65_HS1-834228961_62-HQ-83894_Section_6
Agency: FBI
Page 230
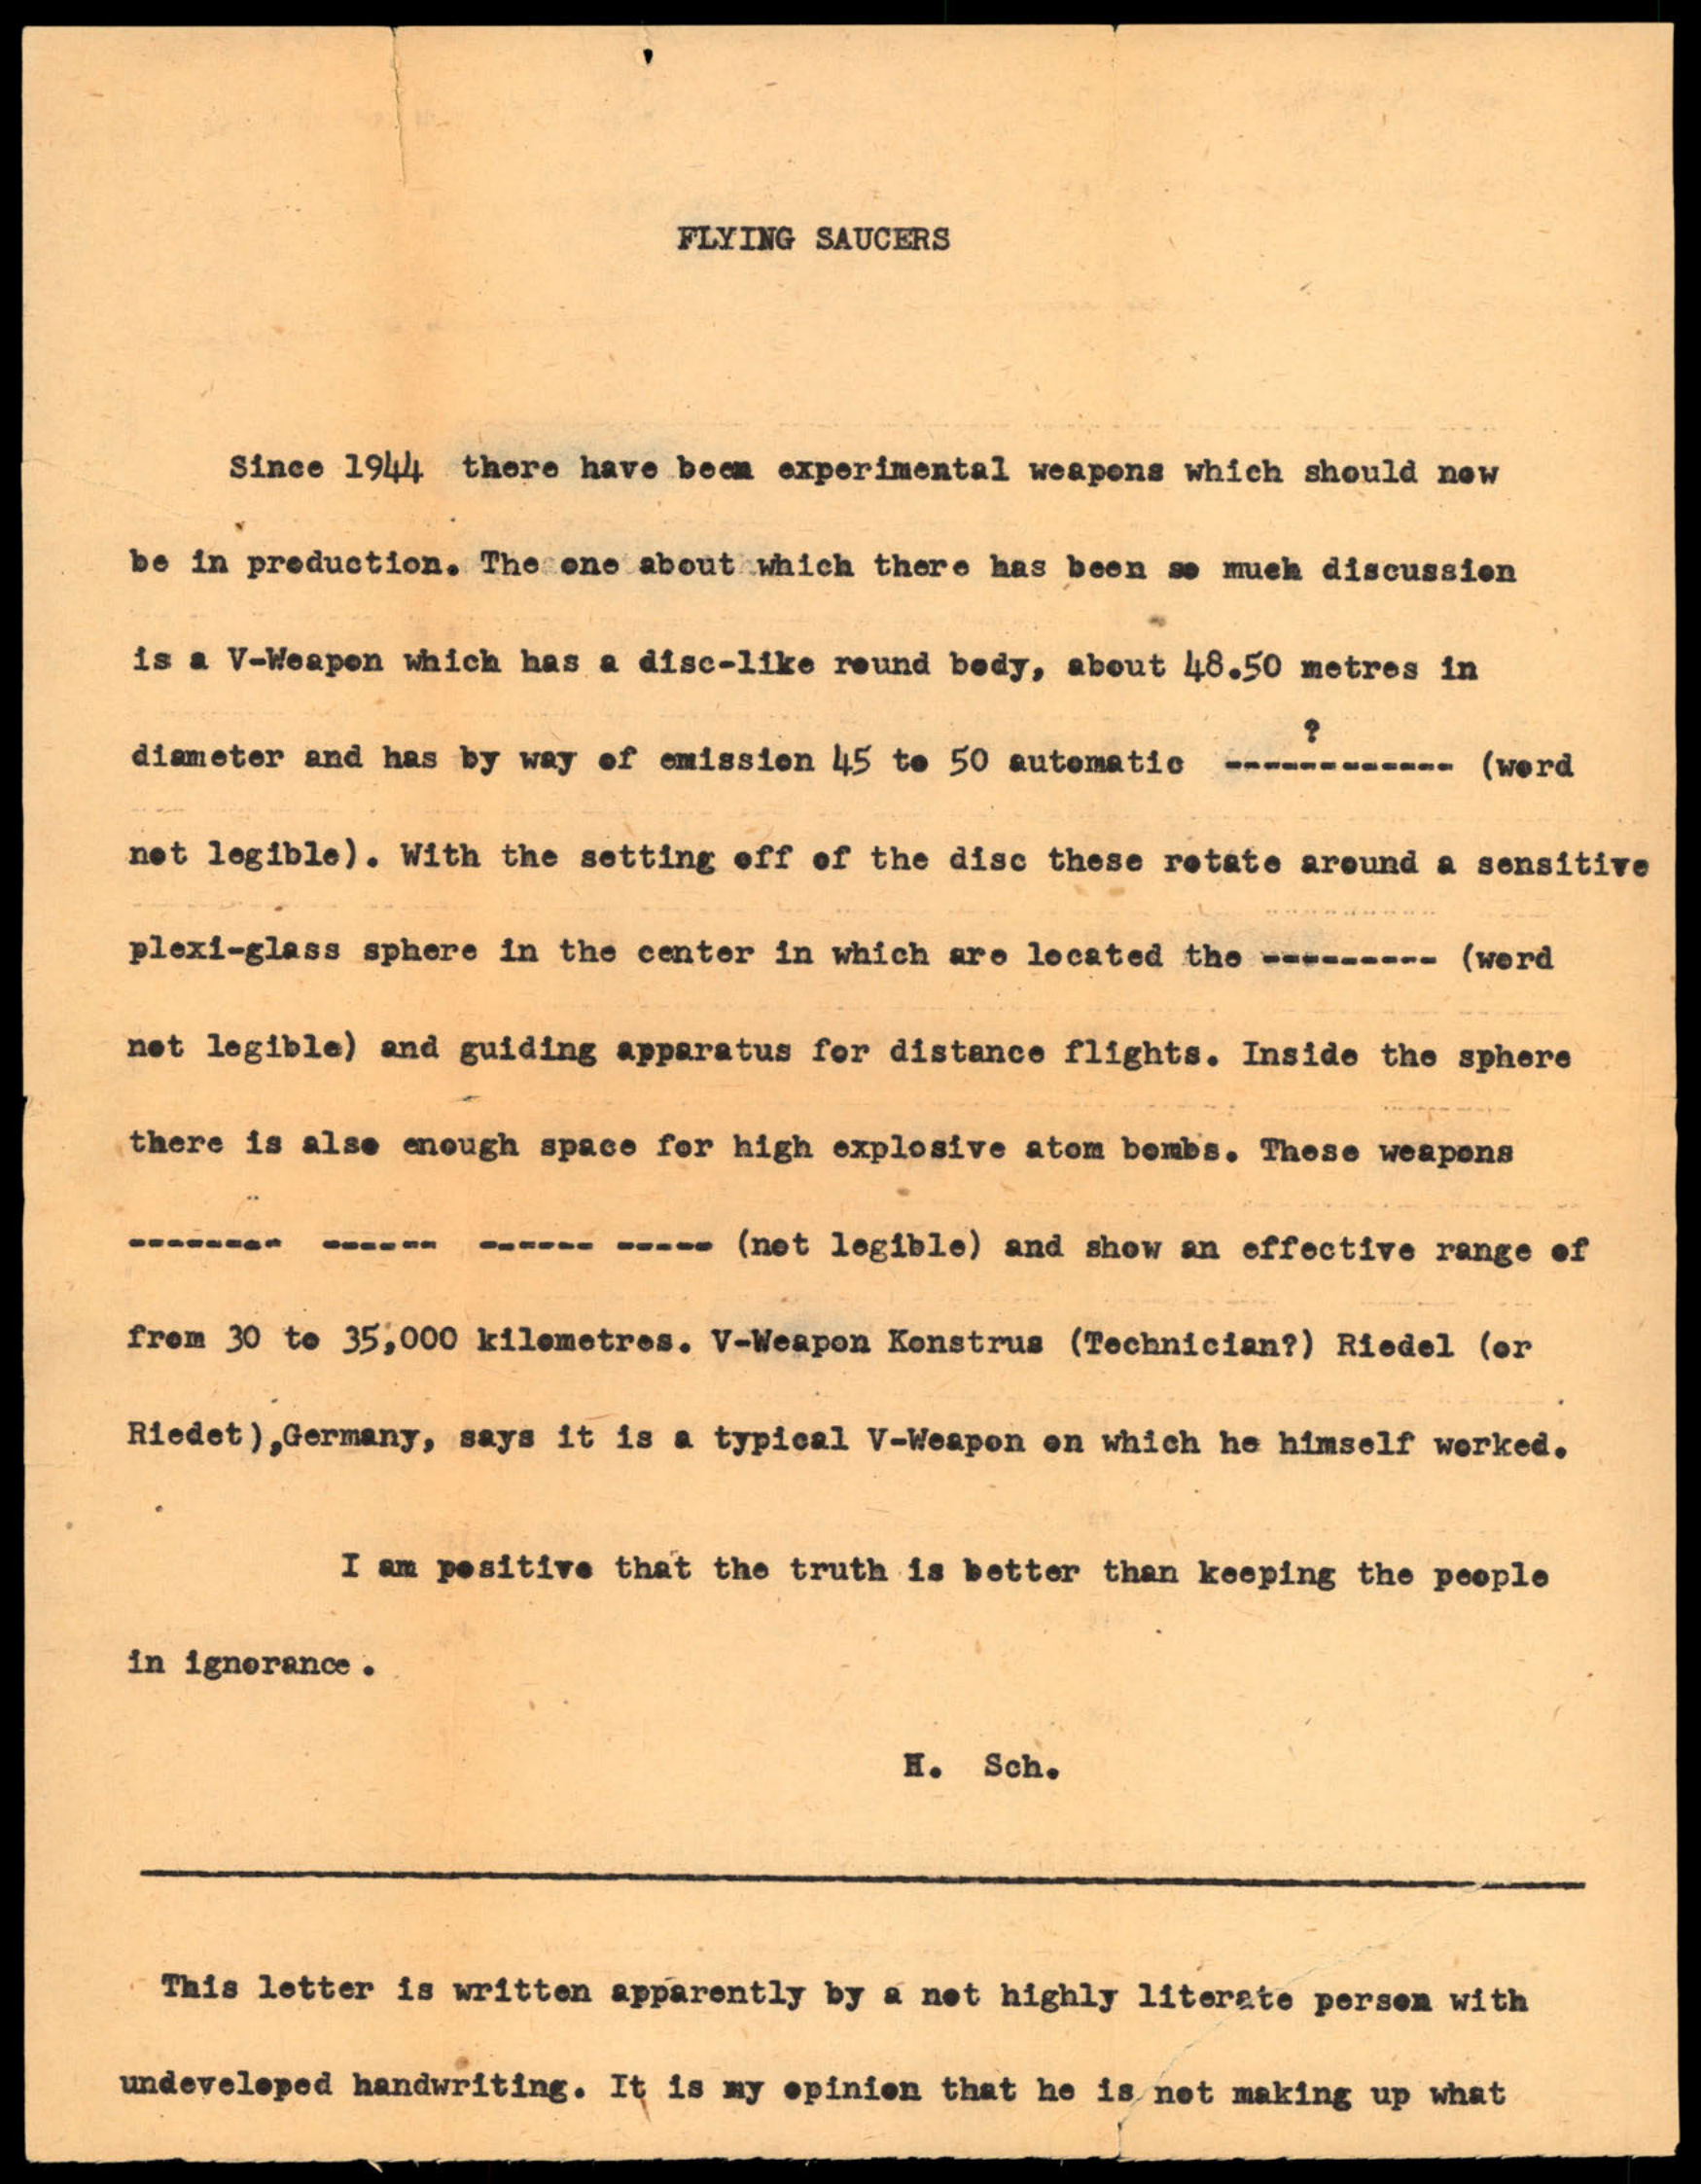